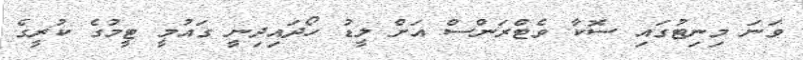
ވަނަ މިނިޓުގައި ސޮކާ ވެޓްރަންސް އަށް ލީޑު ހޯދައިދިނީ ގައުމީ ޓީމުގެ ކުރީގެ